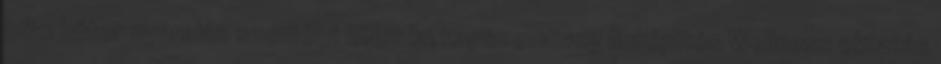
362 bútor nyaralás személyi kölcsön napszemüveg linképítés Wellness oktatás